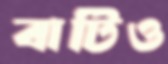
বাটিও